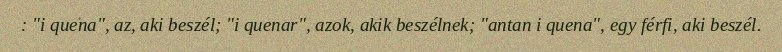
: "i quena", az, aki beszél; "i quenar", azok, akik beszélnek; "antan i quena", egy férfi, aki beszél.